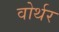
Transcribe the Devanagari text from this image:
वोर्थर